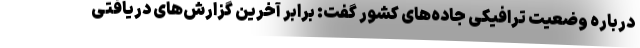
درباره وضعیت ترافیکی جاده‌های کشور گفت: برابر آخرین گزارش‌های دریافتی